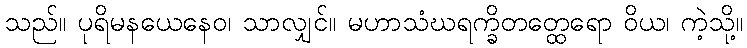
သည်။ ပုရိမနယေနေဝ၊ သာလျှင်။ မဟာသံဃရက္ခိတတ္ထေရော ဝိယ၊ ကဲ့သို့။